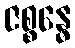
ဇစ္စန္ဓေ